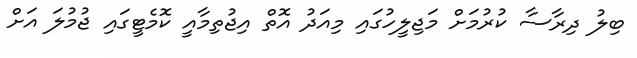
ބިލު ދިރާސާ ކުރުމަށް މަޖިލީހުގައި މިއަދު އޮތް އިޖުތިމާއީ ކޮމެޓީގައި ޖުމުލަ އަށް